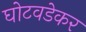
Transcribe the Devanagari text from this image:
घोटवडेकर